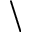
\backslash